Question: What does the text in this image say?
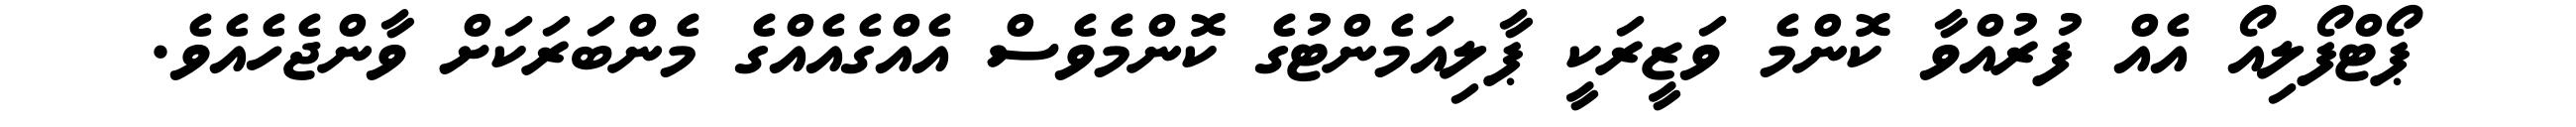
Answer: ޕޯޓްފޯލިއޯ އެއް ފުރުއްވާ ކޮންމެ ވަޒީރަކީ ޕާލިއަމެންޓުގެ ކޮންމެވެސް އެއްގެއެއްގެ މެންބަރަކަށް ވާންޖެހެއެވެ.